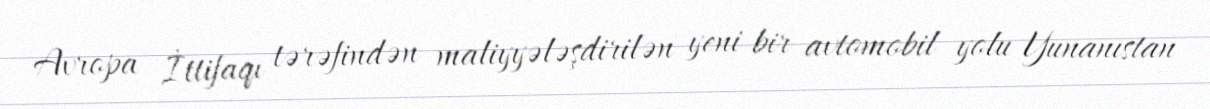
Avropa İttifaqı tərəfindən maliyyələşdirilən yeni bir avtomobil yolu Yunanıstan